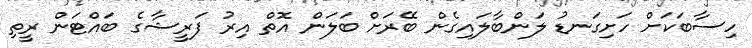
ހިސާބަކަށް ހަށިގަނޑު ލަންބާލައިގެން ބޭރަށް ބަލަން އޮތް އިރު ފަރީޝާގެ ބައްޓަން ރީތި